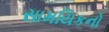
સામયિકનો